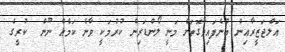
އަލްޖަޒީރާއިން ބުނެފައިވާގޮތަށް މަނީ ލޯންޑަރިން ކުރުމަކީ ވާނެ ކަމެއް ނޫން  ކުރީގެ